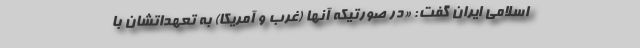
اسلامی ایران گفت: «در صورتیکه آنها (غرب و آمریکا) به تعهداتشان با